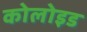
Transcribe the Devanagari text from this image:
कोलोइड